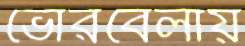
ভোরবেলায়